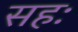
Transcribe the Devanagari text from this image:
सहः